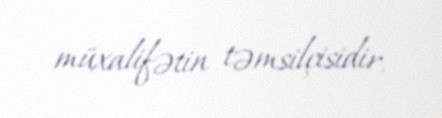
müxalifətin təmsilçisidir.